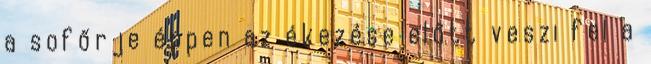
a sofőrje éppen az ékezése előtt veszi fel a